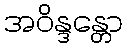
အဝိန္ဒန္တော